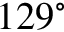
1 2 9 ^ { \circ }